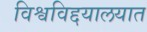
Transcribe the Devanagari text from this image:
विश्वविद्दयालयात